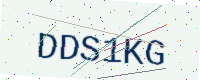
Text: DDS1KG